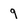
Character: 9